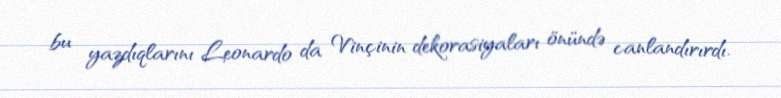
bu yazdıqlarını Leonardo da Vinçinin dekorasiyaları önündə canlandırırdı.